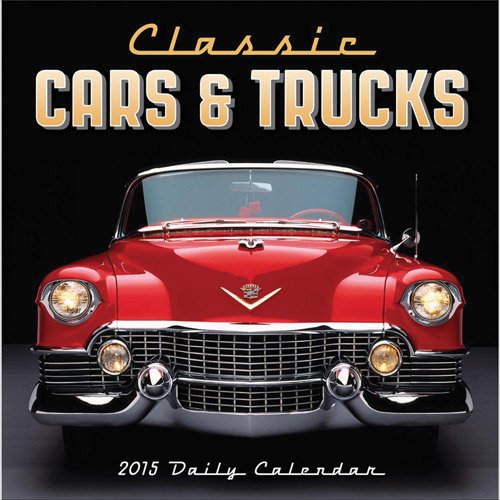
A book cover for Classic Cars & Trucks 2016 Calendar; Calendars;